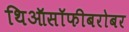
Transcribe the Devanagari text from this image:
थिऑसॉफीबरोबर